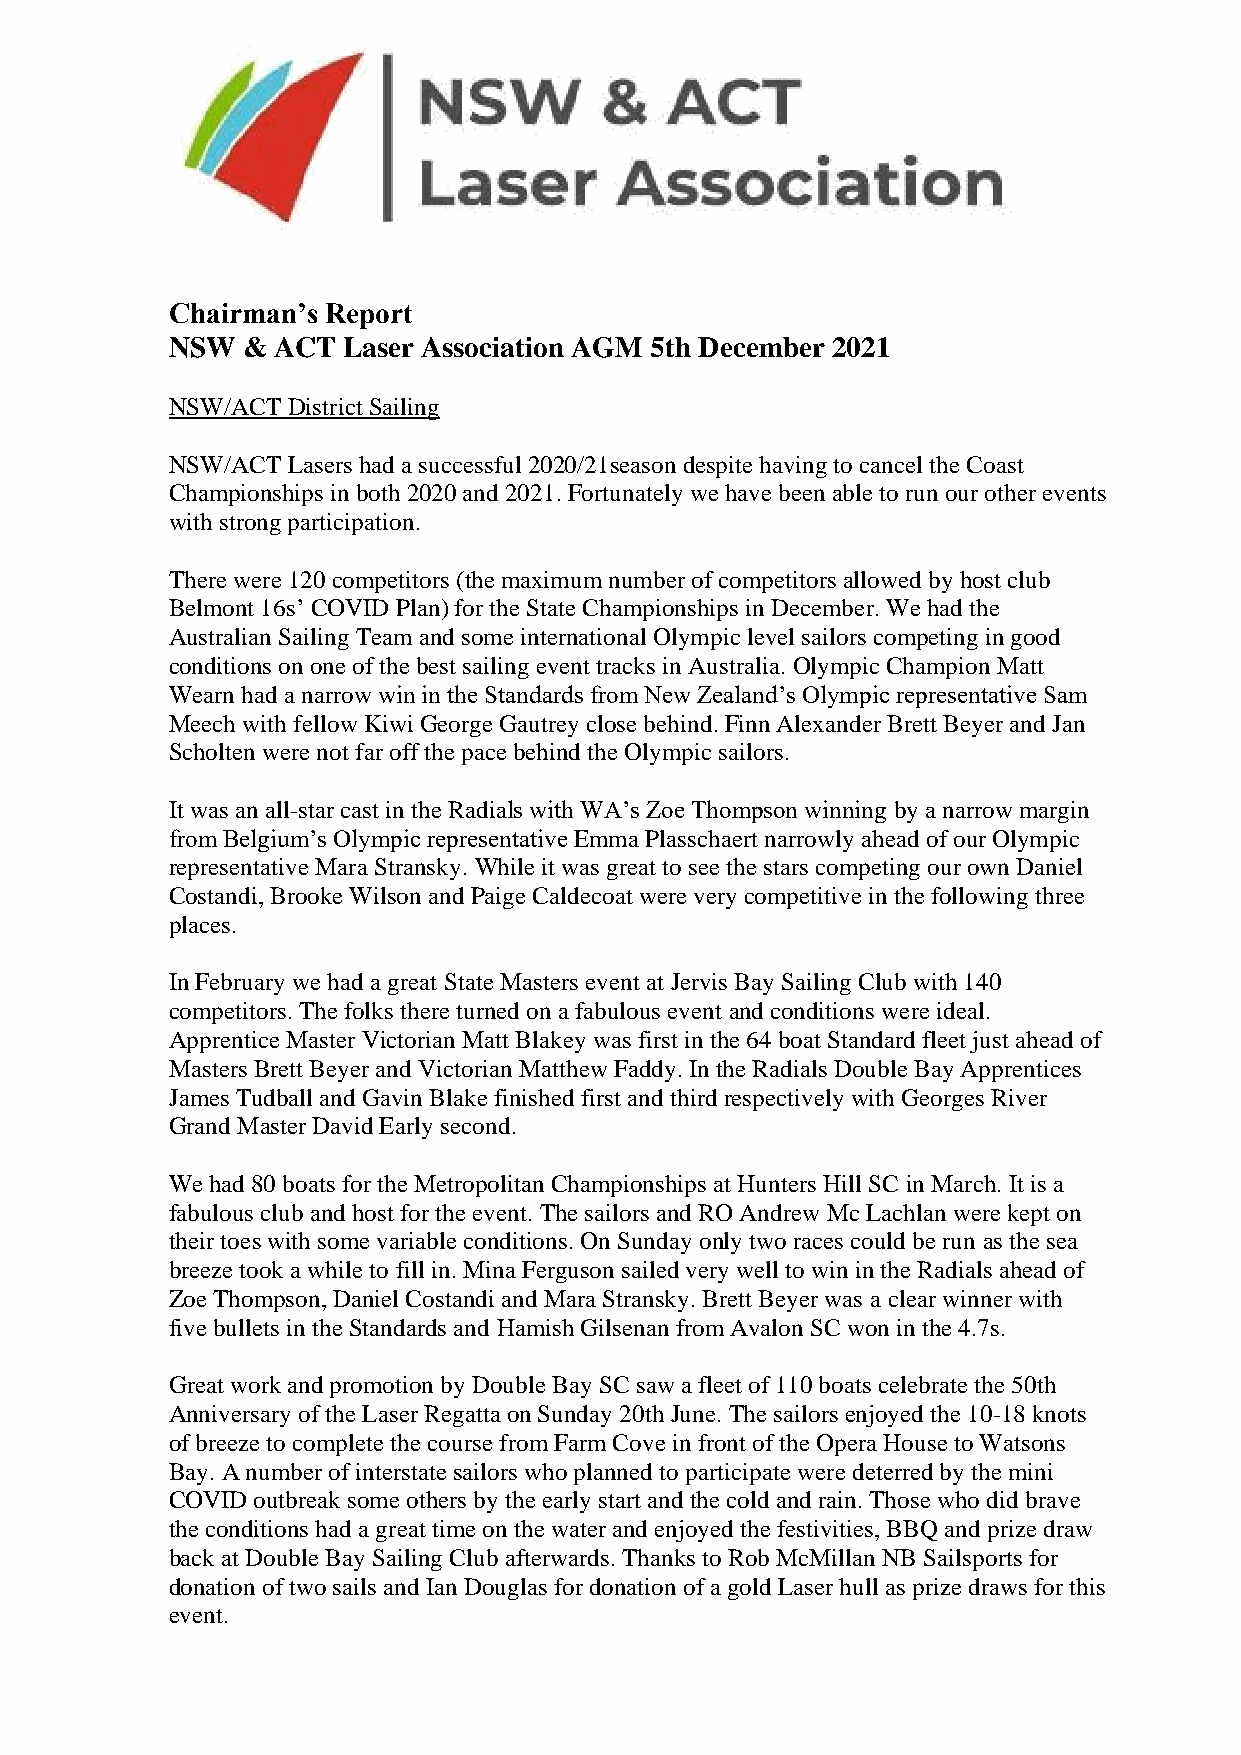
Chairman’s Report
 NSW  & ACT  Laser Association AGM 5th December 2021
 NSW/ACT District Sailing
 NSW/ACT Lasers had a successful 2020/21season despite having to cancel the Coast
 Championships in both 2020 and 2021. Fortunately we have been able to run our other events
 with strong participation.
 There were 120 competitors (the maximum number of competitors allowed by host club
 Belmont 16s’ COVID Plan) for the State Championships in December. We had the
 Australian Sailing Team and some international Olympic level sailors competing in good
 conditions on one of the best sailing event tracks in Australia. Olympic Champion Matt
 Wearn had a narrow win in the Standards from New Zealand’s Olympic representative Sam
 Meech with fellow Kiwi George Gautrey close behind. Finn Alexander Brett Beyer and Jan
 Scholten were not far off the pace behind the Olympic sailors.
 It was an all-star cast in the Radials with WA’s Zoe Thompson winning by a narrow margin
 from Belgium’s Olympic representative Emma Plasschaert narrowly ahead of our Olympic
 representative Mara Stransky. While it was great to see the stars competing our own Daniel
 Costandi, Brooke Wilson and Paige Caldecoat were very competitive in the following three
 places.
 In February we had a great State Masters event at Jervis Bay Sailing Club with 140
 competitors. The folks there turned on a fabulous event and conditions were ideal.
 Apprentice Master Victorian Matt Blakey was first in the 64 boat Standard fleet just ahead of
 Masters Brett Beyer and Victorian Matthew Faddy. In the Radials Double Bay Apprentices
 James Tudball and Gavin Blake finished first and third respectively with Georges River
 Grand Master David Early second.
 We had 80 boats for the Metropolitan Championships at Hunters Hill SC in March. It is a
 fabulous club and host for the event. The sailors and RO Andrew Mc Lachlan were kept on
 their toes with some variable conditions. On Sunday only two races could be run as the sea
 breeze took a while to fill in. Mina Ferguson sailed very well to win in the Radials ahead of
 Zoe Thompson, Daniel Costandi and Mara Stransky. Brett Beyer was a clear winner with
 five bullets in the Standards and Hamish Gilsenan from Avalon SC won in the 4.7s.
 Great work and promotion by Double Bay SC saw a fleet of 110 boats celebrate the 50th
 Anniversary of the Laser Regatta on Sunday 20th June. The sailors enjoyed the 10-18 knots
 of breeze to complete the course from Farm Cove in front of the Opera House to Watsons
 Bay. A number of interstate sailors who planned to participate were deterred by the mini
 COVID outbreak some others by the early start and the cold and rain. Those who did brave
 the conditions had a great time on the water and enjoyed the festivities, BBQ and prize draw
 back at Double Bay Sailing Club afterwards. Thanks to Rob McMillan NB Sailsports for
 donation of two sails and Ian Douglas for donation of a gold Laser hull as prize draws for this
 event.